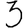
Digit: 3